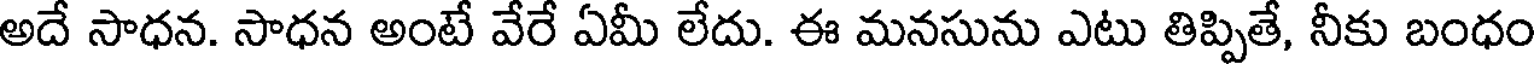
అదే సాధన. సాధన అంటే వేరే ఏమీ లేదు. ఈ మనసును ఎటు తిప్పితే, నీకు బంధం